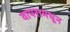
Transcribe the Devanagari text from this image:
वापरामधून